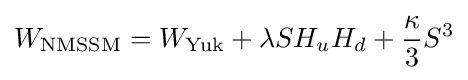
W_{\text{NMSSM}}=W_{\text{Yuk}}+\lambda SH_{u}H_{d}+{\frac {\kappa }{3}}S^{3}